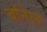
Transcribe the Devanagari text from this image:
बॉनेल